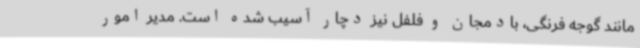
مانند گوجه فرنگی، بادمجان و فلفل نیز دچار آسیب شده‌ است. مدیر امور